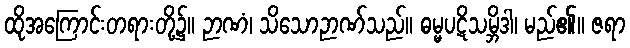
ထိုအကြောင်းတရားတို့၌။ ဉာဏံ၊ သိသောဉာဏ်သည်။ ဓမ္မပဋိသမ္ဘိဒါ၊ မည်၏။ ဇရာ